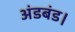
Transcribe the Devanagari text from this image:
अंडबंड।